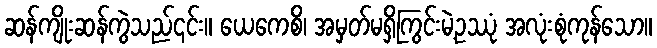
ဆန်ကျိုးဆန်ကွဲသည်၎င်း။ ယေကေစိ၊ အမှတ်မရှိကြွင်းမဲ့ဥဿုံ အလုံးစုံကုန်သော။